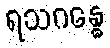
ရသဂန္ဓေ